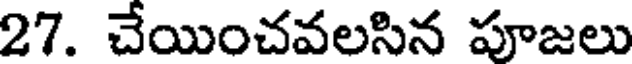
27. చేయించవలసిన పూజలు